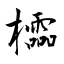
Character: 櫺